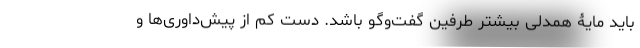
باید مایۀ همدلی بیشتر طرفین گفت‌وگو باشد. دست کم از پیش‌داوری‌ها و